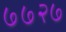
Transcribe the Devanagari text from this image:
७७२७